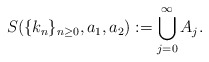
\begin{align*}S(\{k_n\}_{n\geq 0}, a_1, a_2):=\bigcup_{j=0}^\infty A_{j}.\end{align*}